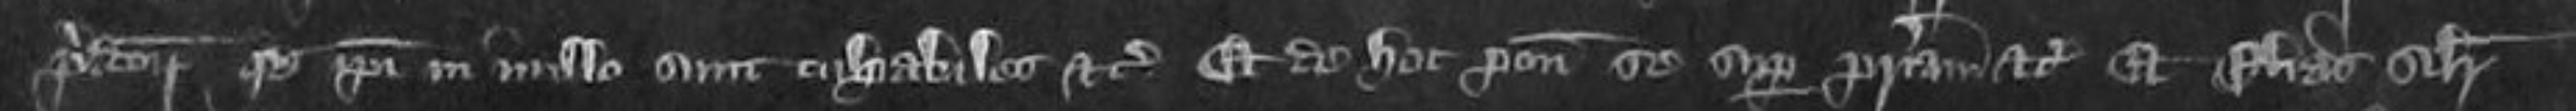
predictorum quod ipsi in nullo sunt culpabiles etc et de hoc ponunt se super patriam etc Et Elias similiter